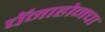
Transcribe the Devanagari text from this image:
चॅनाहोनचा